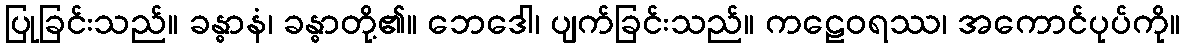
ပြုခြင်းသည်။ ခန္ဓာနံ၊ ခန္ဓာတို့၏။ ဘေဒေါ၊ ပျက်ခြင်းသည်။ ကဠေဝရဿ၊ အကောင်ပုပ်ကို။